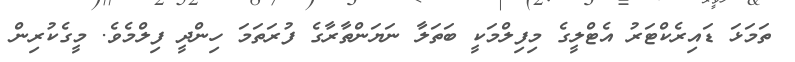
ތަމަޅަ ޑައިރެކްޓަރު އެޓްލީގެ މިފިލްމަކީ ބަތަލާ ނަޔަންތާރާގެ ފުރަތަމަ ހިންދީ ފިލްމެވެ. މީގެކުރިން